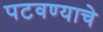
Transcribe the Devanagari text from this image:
पटवण्याचे